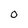
Character: 0